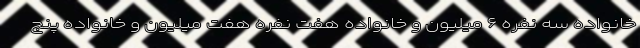
خانواده سه نفره ۶ میلیون و خانواده هفت نفره هفت میلیون و خانواده پنج